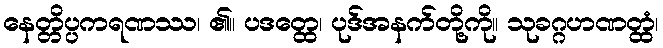
နေတ္တိပ္ပကရဏဿ၊ ၏။ ပဒတ္ထေ၊ ပုဒ်အနက်တို့ကို။ သုခဂ္ဂဟဏတ္ထံ၊